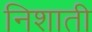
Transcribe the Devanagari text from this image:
निशाती